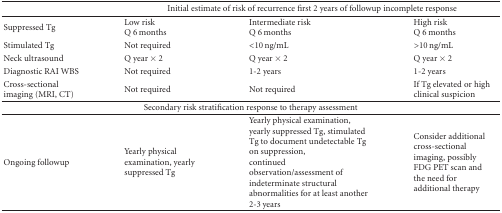
|  | <COLSPAN=3> Initial estimate of risk of recurrence first 2 years of followup incomplete response |
 | --- | --- | --- | --- |
 | Suppressed Tg | Low riskQ 6 months | Intermediate riskQ 6 months | High riskQ 6 months |
 | Stimulated Tg | Not required | <10 ng/mL | >10 ng/mL |
 | Neck ultrasound | Q year × 2 | Q year × 2 | Q year × 2 |
 | Diagnostic RAI WBS | Not required | 1-2 years | 1-2 years |
 | Cross-sectional imaging (MRI, CT) | Not required | Not required | If Tg elevated or high clinical suspicion |
 | <COLSPAN=4> Secondary risk stratification response to therapy assessment |
 | Ongoing followup | Yearly physical examination, yearly suppressed Tg | Yearly physical examination, yearly suppressed Tg, stimulated Tg to document undetectable Tg on suppression,continued observation/assessment of indeterminate structural abnormalities for at least another 2-3 years | Consider additional cross-sectional imaging, possibly FDG PET scan and the need for additional therapy |